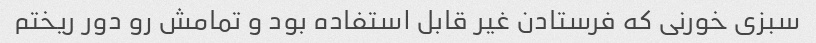
سبزی خورنی که فرستادن غیر قابل استفاده بود و تمامش رو دور ریختم